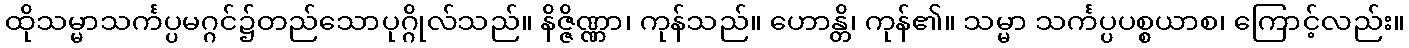
ထိုသမ္မာသင်္ကပ္ပမဂ္ဂင်၌တည်သောပုဂ္ဂိုလ်သည်။ နိဇ္ဇိဏ္ဏာ၊ ကုန်သည်။ ဟောန္တိ၊ ကုန်၏။ သမ္မာ သင်္ကပ္ပပစ္စယာစ၊ ကြောင့်လည်း။